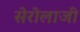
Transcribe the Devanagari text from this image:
सेरोलाजी